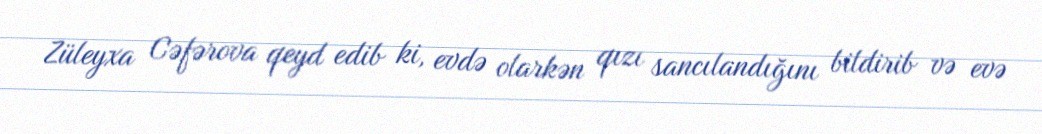
Züleyxa Cəfərova qeyd edib ki, evdə olarkən qızı sancılandığını bildirib və evə